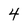
Character: 4